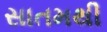
સાતમથી